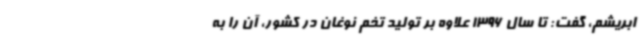
ابریشم، گفت: تا سال 1396 علاوه بر تولید تخم نوغان در کشور، آن را به